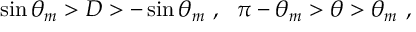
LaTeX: \sin { \theta _ { m } } > D > - \sin { \theta _ { m } } \ , \ \ \pi - \theta _ { m } > \theta > \theta _ { m } \ ,